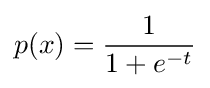
p(x)={\frac {1}{1+e^{-t}}}